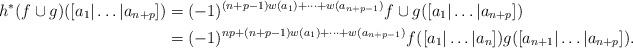
LaTeX: \begin{align*} h^*(f \cup g)([a_1 | \dots | a_{n + p}]) & = (-1)^{(n +p - 1)w(a_1) + \dots + w(a_{n + p-1})} f \cup g ([a_1 | \dots | a_{n + p}]) \\& = (-1)^{np + (n +p - 1)w(a_1) + \dots + w(a_{n + p-1})} f([a_1 | \dots | a_n]) g([a_{n+1} | \dots | a_{n + p} ]).\end{align*}